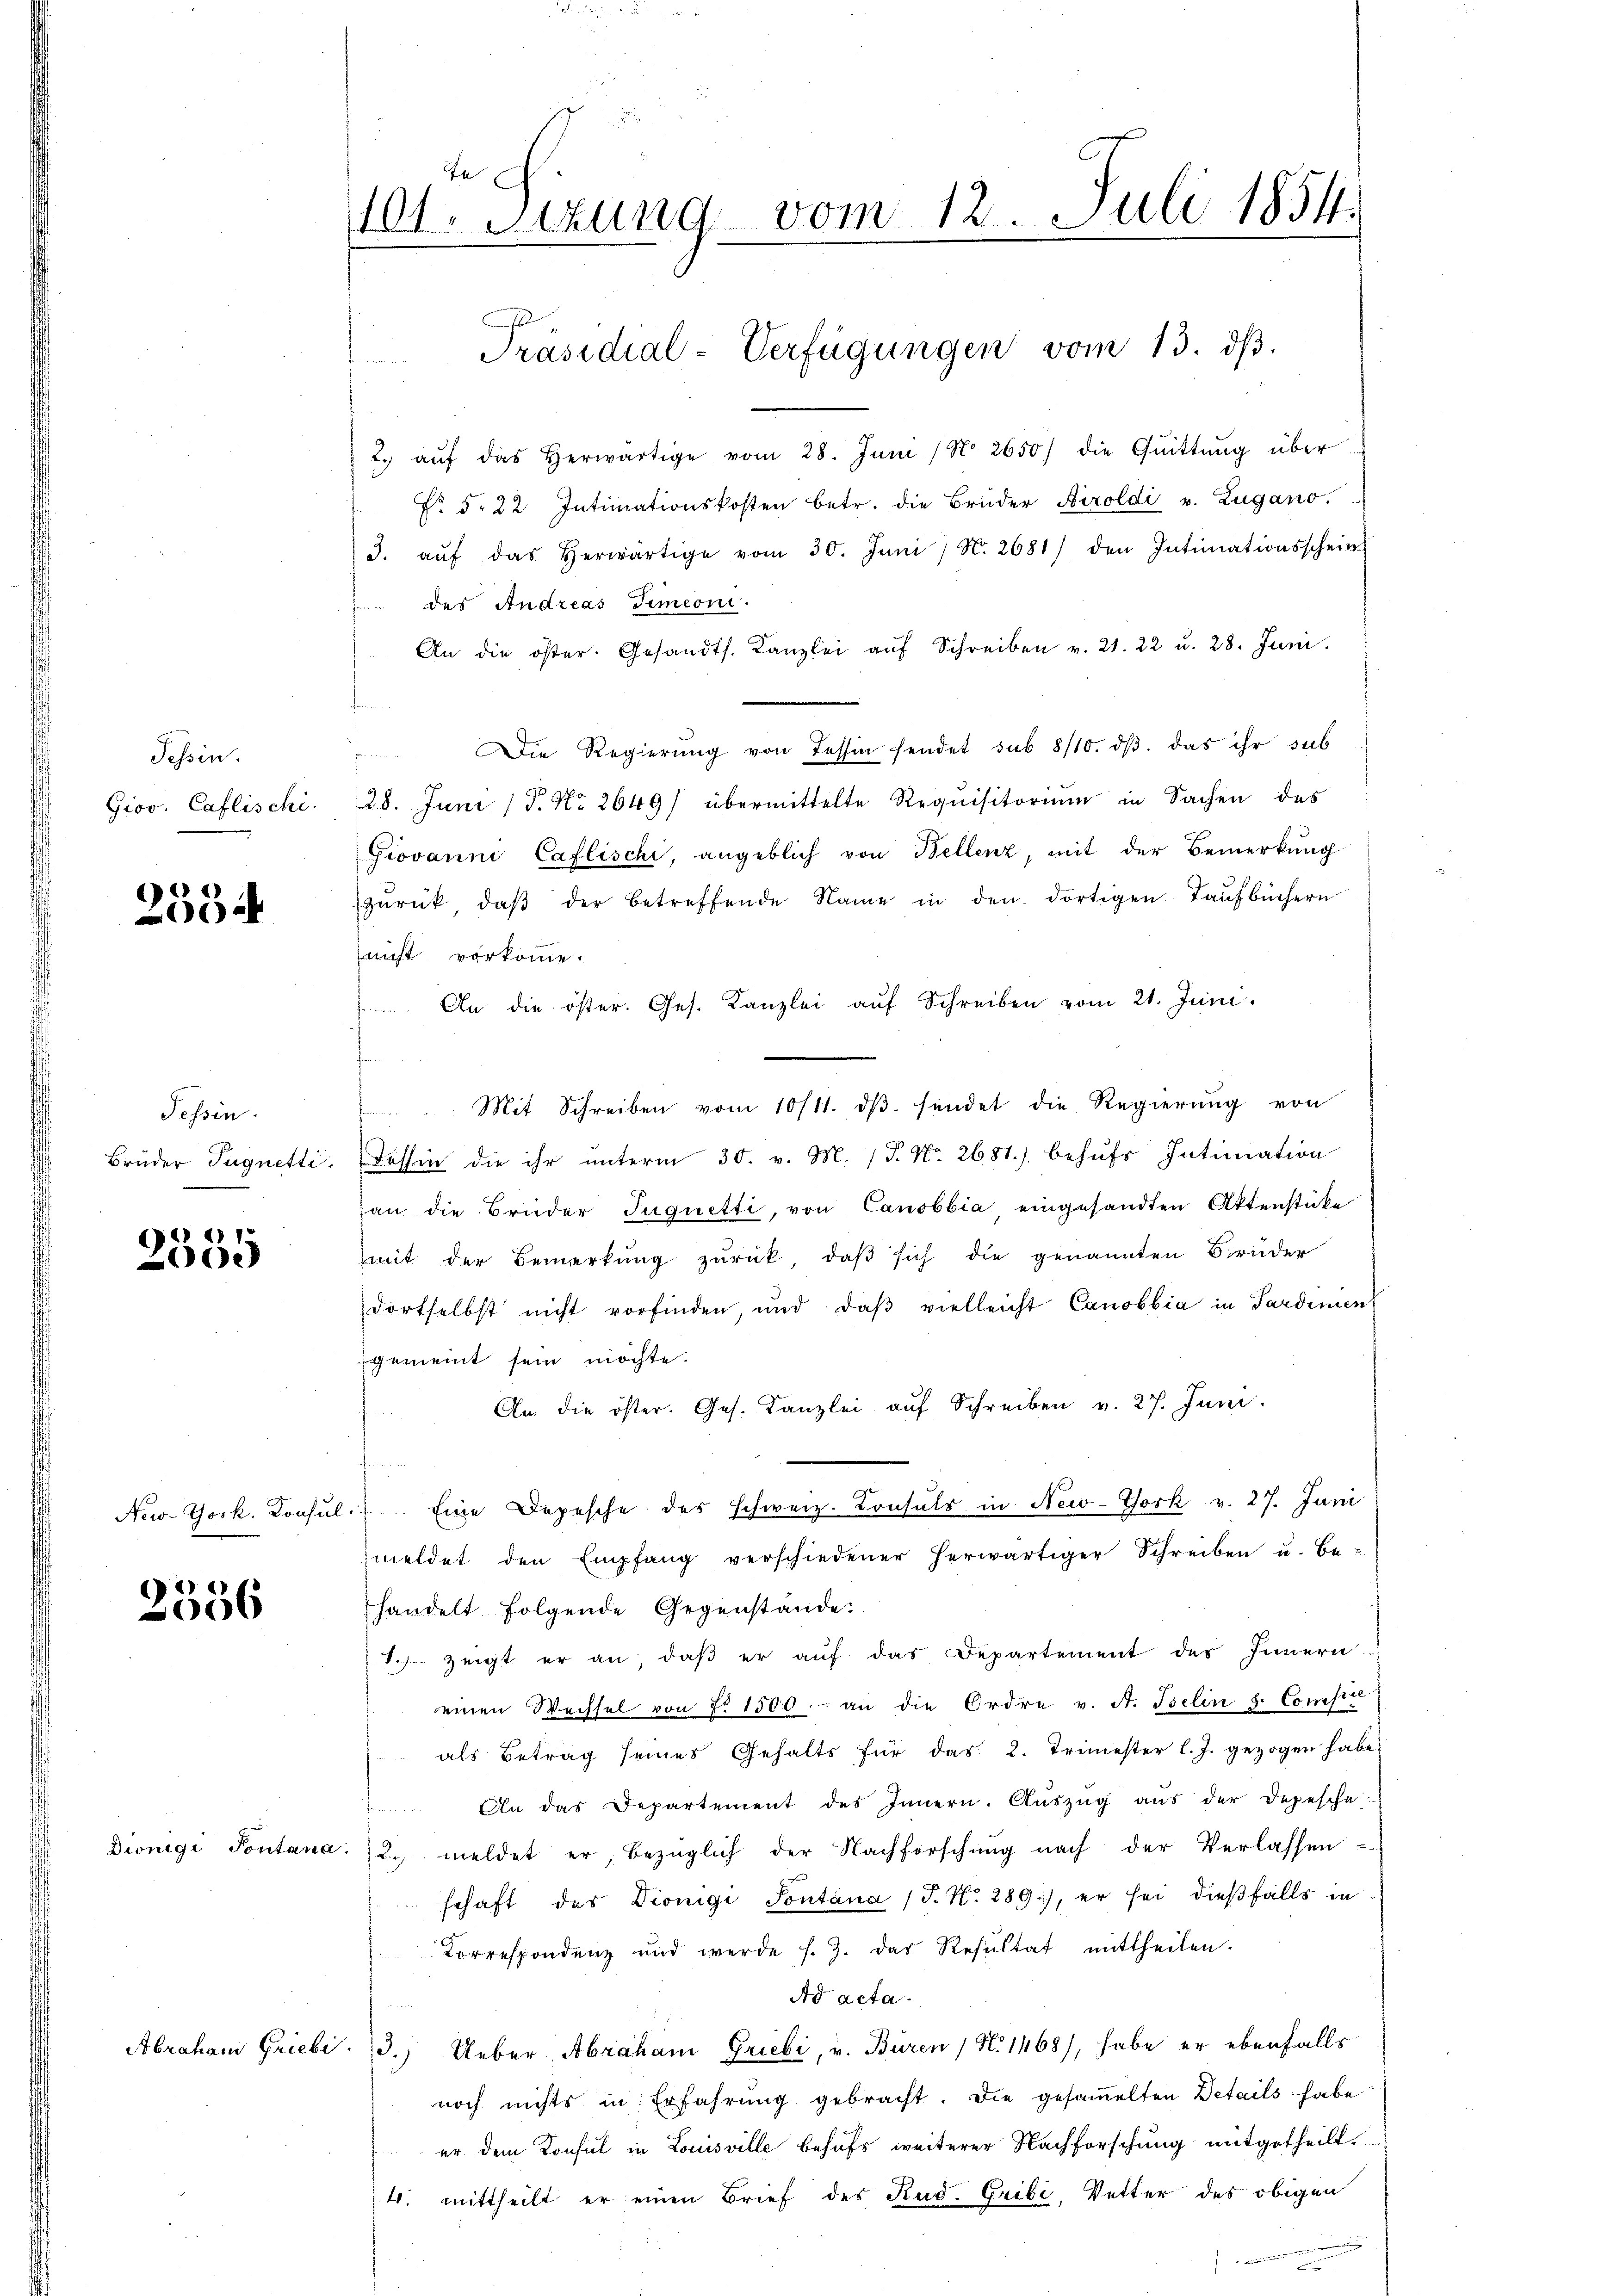
Tessin.
Giov. Caflischi.

2534

Tessin.
Brüder Tugnetti.

1
.
2055

2356

te
101. Sitzung vom 12. Juli 1854.

.
2. aŭf das herwärtige vom 28. Juni / No. 2650/ die Quittung über
No 5. 22 Intimationskosten betr. die Brüder Airoldi v. Zugano.
3. aŭf das herwärtige vom 30. Juni / N. 2681) den Intimationsschein
des Andreas Simeoni.
An die öster. Gesandts. Kanzlei aŭf Schreiben v. 21. 22 u. 28. Juni.
Die Regierŭng von Tessin sendet sub 8/10. dβ das ihr sub
28. Juni (T. No. 2649/ übermittelte Requisitorium in Sachen des
Giovanni Caflischi, angeblich von Bellenz, mit der Bemerkung
zŭrück, daβ der betreffende Name in den dortigen Taufbüchern
nicht vorkomme.
 An die öster. Ges. Kanzlei aŭf Schreiben vom 21. Juni.
Mit Schreiben vom 10/11. dβ. sendet die Regierung von
Tessin die ihr ŭnterm 30. v. M. (T. No. 2681) behŭfs Intimation
an die Brüder Juquetti, von Canobbia, eingesandten Attenstüke
mit der Bemerkŭng zŭrück, daβ sich die genannten Brüder
dortselbst nicht vorfinden, und daβ vielleicht Canobbia in Sardinien
gemeint sein möchte.
An die öster. Ges. Kanzlei aŭf Schreiben v. 27. Juni.
New-York. Konsŭl. Eine Depesche des schweiz. Konsuls in New-York v. 27. Juni
meldet den Empfang verschiedener herwärtiger Schreiben u. be-
handelt folgende Gegenstände:
T. zeigt er an, daβ er aŭf das Departement des Innern
einen Wechsel von No 1500.- an die Ordre v. A. Iselin s. Consis
als Betrag seines Gehalts für das 2. Trimester l. J. gezogen habe.
An das Departement des Innern. Aŭszŭg aŭs der Depesche
Diönigi Pontana 2. meldet er, bezüglich der Nachforschung nach der Verlassen
schaft der Diönigi Sontana (T. N. 289), er sei dießfalls in
Korrespondenz und werde s. Z. das Resultat mittheilen.
Ad acta.
Abraham Griebe. 3.) Ueber Abraham Griebi, v. Buren / No 1468), habe er ebenfalls
noch nichts in Erfahrung gebracht. Die gesaṁelten Details habe
er dem Konsul in Louisville behufs weiterer Nachforschung mitgetheilt.
4. mittheilt er einen Brief des Rud. Gribi, Vetter des obigen

Präsidial-Verfügungen vom 13. dβ.